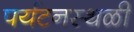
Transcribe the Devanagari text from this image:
पर्यटनस्‍थळी